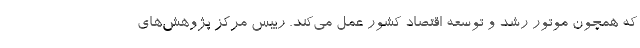
که همچون موتور رشد و توسعه اقتصاد کشور عمل می‌کند. رییس مرکز پژوهش‌های